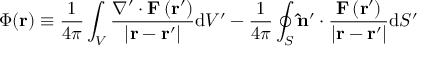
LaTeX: \Phi ( \mathbf { r } ) \equiv { \frac { 1 } { 4 \pi } } \int _ { V } { \frac { \nabla ^ { \prime } \cdot \mathbf { F } \left( \mathbf { r } ^ { \prime } \right) } { \left| \mathbf { r } - \mathbf { r } ^ { \prime } \right| } } \mathrm { d } V ^ { \prime } - { \frac { 1 } { 4 \pi } } \oint _ { S } \mathbf { \hat { n } } ^ { \prime } \cdot { \frac { \mathbf { F } \left( \mathbf { r } ^ { \prime } \right) } { \left| \mathbf { r } - \mathbf { r } ^ { \prime } \right| } } \mathrm { d } S ^ { \prime }